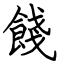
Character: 餞